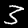
Digit: 3